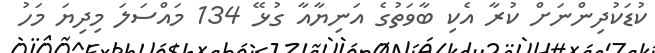
ކުޑަކުދިންނަށް ކުރާ އެކި ބާވަތުގެ އަނިޔާއާ ގުޅޭ 134 މައްސަލަ މިދިޔަ މަހު